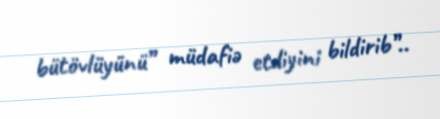
bütövlüyünü” müdafiə etdiyini bildirib”..